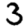
Digit: 3